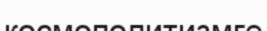
космополитизмге